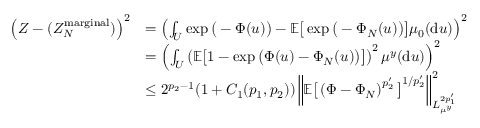
\begin{array} { r l } { \left( Z - ( Z _ { N } ^ { \mathrm { m a r g i n a l } } ) \right) ^ { 2 } } & { = \left( \int _ { U } \exp \big ( - \Phi ( u ) \big ) - \mathbb { E } \big [ \exp \big ( - \Phi _ { N } ( u ) \big ) \big ] \mu _ { 0 } ( \mathrm { d } u ) \right) ^ { 2 } } \\ & { = \left( \int _ { U } \left( \mathbb { E } \big [ 1 - \exp \big ( \Phi ( u ) - \Phi _ { N } ( u ) \big ) \big ] \right) ^ { 2 } \mu ^ { y } ( \mathrm { d } u ) \right) ^ { 2 } } \\ & { \leq 2 ^ { p _ { 2 } - 1 } ( 1 + C _ { 1 } ( p _ { 1 } , p _ { 2 } ) ) \left\| \mathbb { E } \big [ \left( \Phi - \Phi _ { N } \right) ^ { p _ { 2 } ^ { \prime } } \big ] ^ { 1 / p _ { 2 } ^ { \prime } } \right\| _ { L _ { \mu ^ { y } } ^ { 2 p _ { 1 } ^ { \prime } } } ^ { 2 } } \end{array}